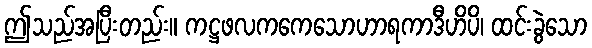
ဤသည်အပြီးတည်း။ ကဋ္ဌဖလကကေသောဟာရကာဒီဟိပိ၊ ထင်းခွဲသော